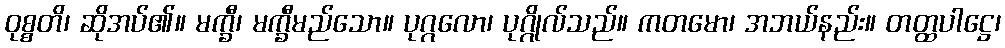
ဝုစ္စတိ၊ ဆိုအပ်၏။ မက္ခီ၊ မက္ခီမည်သော။ ပုဂ္ဂလော၊ ပုဂ္ဂိုလ်သည်။ ကတမော၊ အဘယ်နည်း။ တတ္ထပါဋ္ဌေ၊